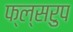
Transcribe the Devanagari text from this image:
फ्ल्सरुप